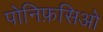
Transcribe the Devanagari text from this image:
पोनिफ़सिओ